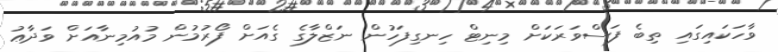
ވާހަކައިގައި ތިބެ ފަސްވަރަކަށް މިނިޓް ހިނގިފަހުން ނަޒްލާގެ ގެއަށް ފޯރުމުން މުއުމިނާއަށް ވަދާޢު